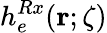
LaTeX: h_{e}^{Rx}({\mathbf r};\zeta)